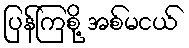
ပြန်ကြစို့ အစ်မငယ်